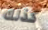
كذلك